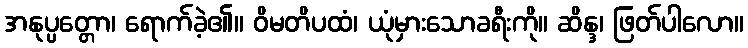
အနုပ္ပတ္တော၊ ရောက်ခဲ့၏။ ဝိမတိပထံ၊ ယုံမှားသောခရီးကို။ ဆိန္ဒ၊ ဖြတ်ပါလော။